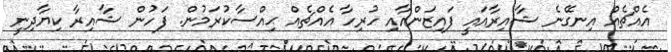
އެއްޗެއް އިނގޭނެ ޝާއިރާއައީ ފައިޒަންއާއި ހުރިހާ އެއްޗެއް ޙިއްސާކުރަމުން. ފަހުން ޝާއިރާ ކިޔާދިނީ